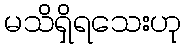
မသိရှိရသေးဟု